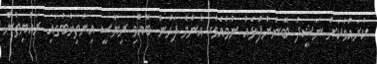
ކުރައްވާކަށް ނަޝީދު ބޭނުންފުޅެއް ނުވެއެވެ. އެންމެ ފަހުން ބޭއްވި ރިޔާސީ އިންތިޚާބުގައި ރައްޔިތުން